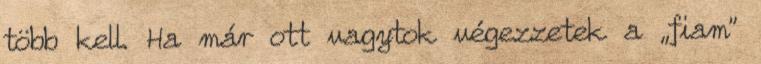
több kell. Ha már ott vagytok végezzetek a „fiam”